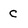
Character: c